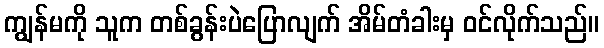
ကျွန်မကို သူက တစ်ခွန်းပဲပြောလျက် အိမ်တံခါးမှ ဝင်လိုက်သည်။